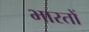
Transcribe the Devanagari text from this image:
भारतों